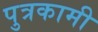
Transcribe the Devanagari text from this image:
पुत्रकामी